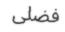
فضلى